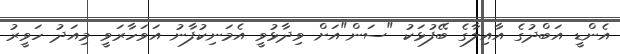
އެންޑީ އަބްދުގެ އާއިލާގެ ބޭފުޅަކު "ސަން"އަށް ވިދާޅުވީ އެމަނިކުފާނު އަވަހާރަވީ މިއަދު ހަވީރު